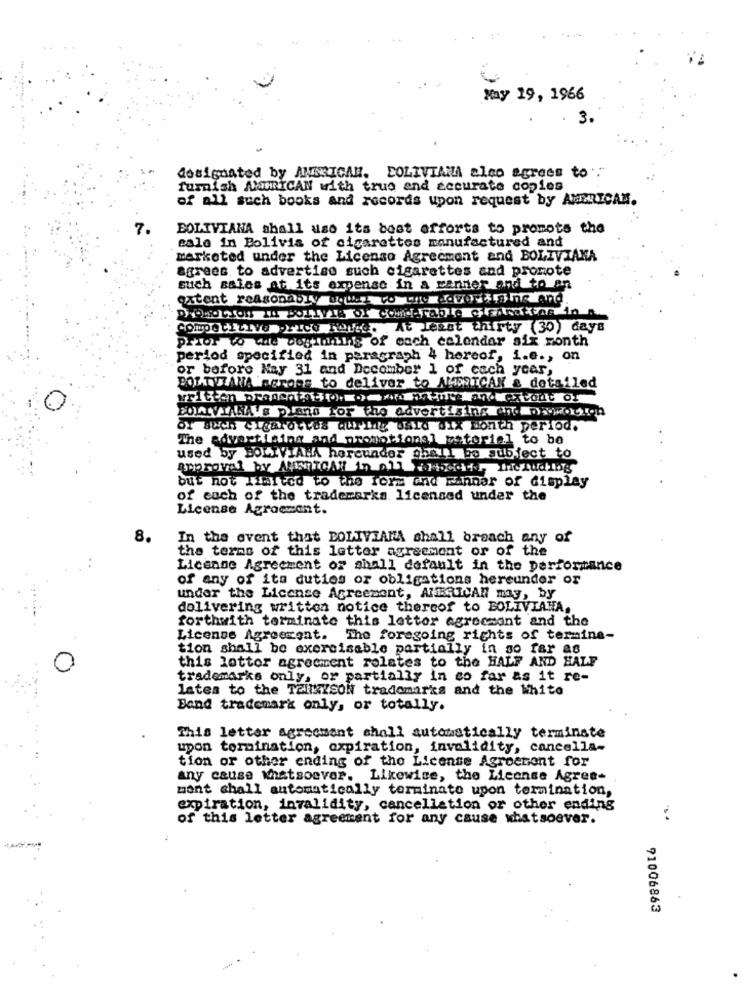
May 19, 1966
3.
designated by AMERICAN. BOLIVIANA alco agrees to:"
furnish AMERICAN with true and accurate copies
of all such books and records upon request by AMERICAM.
7.
BOLIVIANA shall use its bost efforts to promote the
eale in Bolivia of cigarettes manufactured and
marketed under the License Agreement and BOLIVIANA
agrees to advertise such cigarettes and promote
such sales at its expense in a manner and to an
extent reasonably Doter ro thy doverfFine and
At Least thirty (30) days
Prior to wie cogihillig of each calendar six month
period specified in paragraph 4 hereof, i.e ., on
or before Nay 31 and Decomber 1 of each year,
BOL-TVZANA merges to deliver to AMERICAN & detailed
BOALUTARA's plans for the advertising and Dasworth
of such Cigardices Quring wald six month period.
The advertising and promotional material to be
used by BOLIVIANA hercunder shall be subject to
but not limited to the form and Einnar of display
of each of the trademarks licensed under the
License Agroemant.
8.
In the event that BOLIVIANA shall breach any of
the terms of this letter agreement or of the
License Agreement of shall default in the performance
of any of its duties or obligations hereunder or
under the License Agreement, ARRICAN my, by
delivering written notice thereof to BOLIVIANA.
forthwith terminate this letter agreesant and the
License Agreement. The foregoing rights of termine-
tion shall be exercisable partially in so far as
this lottor agreement relates to the HALF AND HALF
trademarks only, or partially in co far as it re-
lates to the TailYSON trademarks and the White
Bond trademark only, or totally.
This letter agreement shall automatically terminate
upon termination, expiration, invalidity, cancella-
tion or other ending of the License Agreement for
any cause whatsoever. Likewise, the License Agree-
mont shall automatically terminato upon termination,
expiration, invalidity, cancellation or other ending
of this letter agreement for any cause whatsoever.
91006863